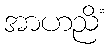
အာဟညိံ